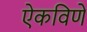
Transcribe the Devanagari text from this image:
ऐकविणे